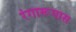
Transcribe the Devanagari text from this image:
रंगारूपास